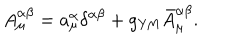
A _ { \mu } ^ { \alpha \beta } = a _ { \mu } ^ { \alpha } \delta ^ { \alpha \beta } + g _ { \mathrm { Y M } } \bar { A } _ { \mu } ^ { \alpha \beta } .